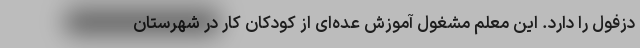
دزفول را دارد. این معلم مشغول آموزش عده‌ای از کودکان کار در شهرستان